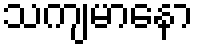
သကျမာနော